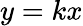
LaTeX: y=kx